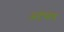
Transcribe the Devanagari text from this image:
अटेम्प्टेड